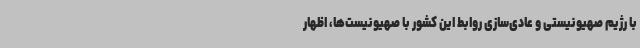
با رژیم صهیونیستی و عادی‌سازی روابط این کشور با صهیونیست‌ها، اظهار